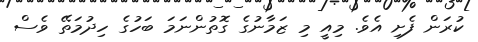
ކުރަން ފެށި އެވެ. މިއީ މި ޒަމާނުގެ ގޮތުންނަމަ ބަހުގެ ހިދުމަތޭ ވެސް